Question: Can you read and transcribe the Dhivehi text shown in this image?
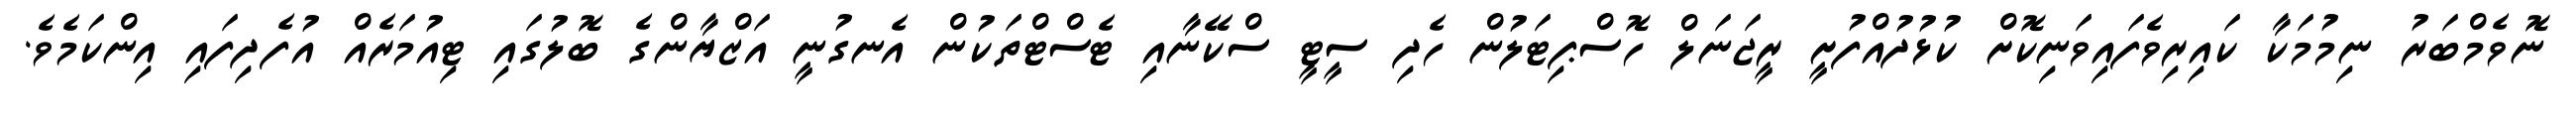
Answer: ނޮވެމްބަރު ނިމުމަކާ ކައިރިވެފައިވަނިކޮށް ކުޅުދުއްފުށީ ރީޖަނަލް ހޮސްޕިޓަލުން ހެދި ސީޓީ ސްކޭނާއި ޓެސްޓްތަކުން އެނގުނީ އަޒްޔާންގެ ބޮލުގައި ޓިއުމަރެއް އުފެދިފައި އިންކަމެވެ.